Annual statistical returns and brief notes on vaccination in Bengal - 1909-1929
Year: 1909
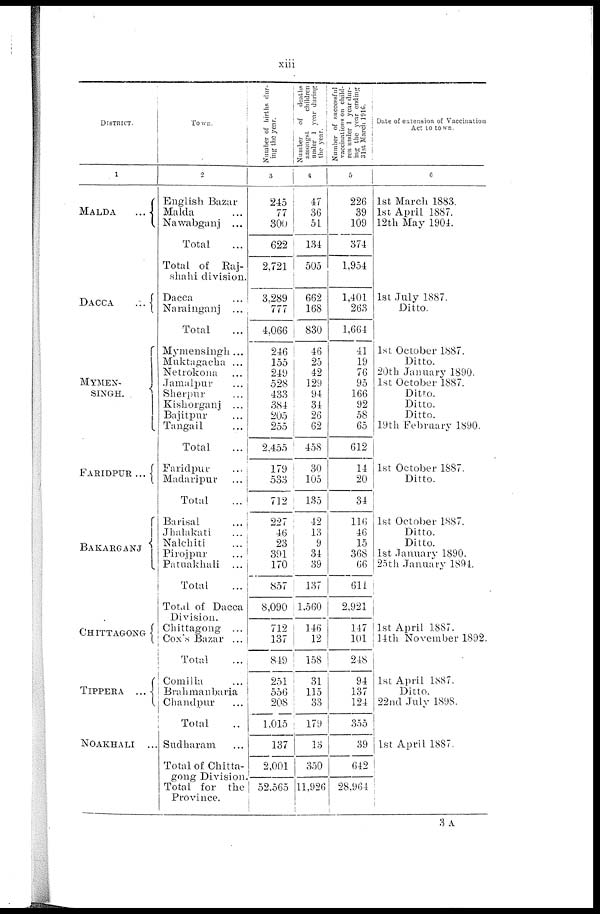
xiii
DISTRICT.
1
MALDA ...
DACCA
...
MYMEN-
SINGH.
FARIDPUR ...
BAKARGANJ
CHITTAGONG
TIPPERA ...
NOAKHALI
...
Town.
2
English Bazar
Malda ...
Nawabganj ....
Total ...
Total of Raj-
shahi division.
Dacca ...
Narainganj ...
Total ...
Mymensingh...
Muktagacha ...
Netrokona ...
Jamalpur ...
Sherpur ...
Kishorganj ...
Bajitpur ...
Tangail ...
Total
Faridpur ...
Madaripur ...
Total ...
Barisal ...
Jhalakati ...
Nalchiti ...
Pirojpur ...
Patuakhali ...
Total ...
Total of Dacca
Division.
Chittagong ...
Cox's Bazar ...
Total ...
Comilia ...
Brahmanbaria
Chandpur ...
Total ...
Sudharam ...
Total of Chitta-
gong Division.
Total for the
Province.
Number of births dur-
ing the year.
3
245
77
300
622
2,721
3,289
777
4,066
246
155
249
528
433
384
205
255
2,455
179
533
712
227
46
23
391
170
857
8,090
712
137
849
251
556
208
1,015
137
2,001
52,565
Number
of deaths
amongst
children
under 1 year during
the year.
4
47
36
51
134
505
662
168
830
46
25
42
129
94
34
26
62
458
30
105
135
42
13
9
34
39
137
1,560
146
12
158
31
115
33
179
13
350
11,926
Number of successful
vaccinations on child-
ren under 1 year dur-
ing the year ending
31st March 1916.
5
226
39
109
374
1,954
1,401
263
1,664
41
19
76
95
166
92
58
65
612
14
20
34
116
46
15
368
66
611
2,921
147
101
248
94
137
124
355
39
642
28,964
Date of extension of Vaccination
Act to town.
6
1st March 1883.
1st April 1887.
12th May 1904.
1st July 1887.
Ditto.
1st October 1887.
Ditto.
20th January 1890.
1st October 1887.
Ditto.
Ditto.
Ditto.
19th February 1890.
1st October 1887.
Ditto.
1st October 1887.
Ditto.
Ditto.
1st January 1890.
25th January 1894.
1st April 1887.
14th November 1892.
1st April 1887.
Ditto.
22nd July 1898.
1st April 1887.
3 A